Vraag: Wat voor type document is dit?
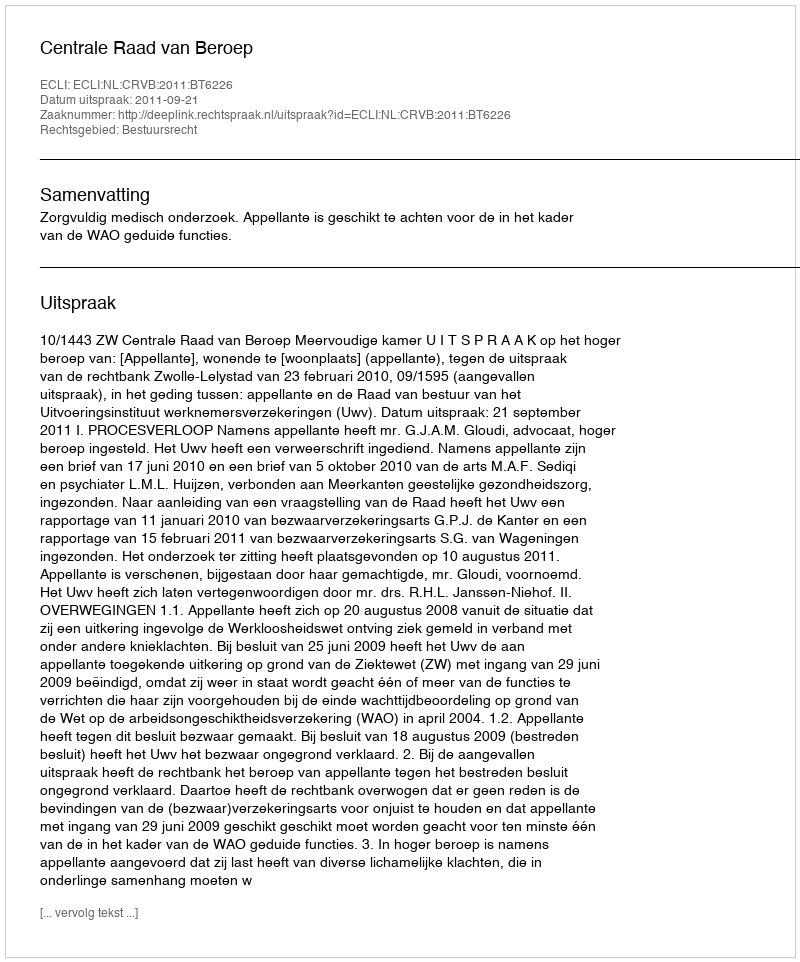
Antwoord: Uitspraak